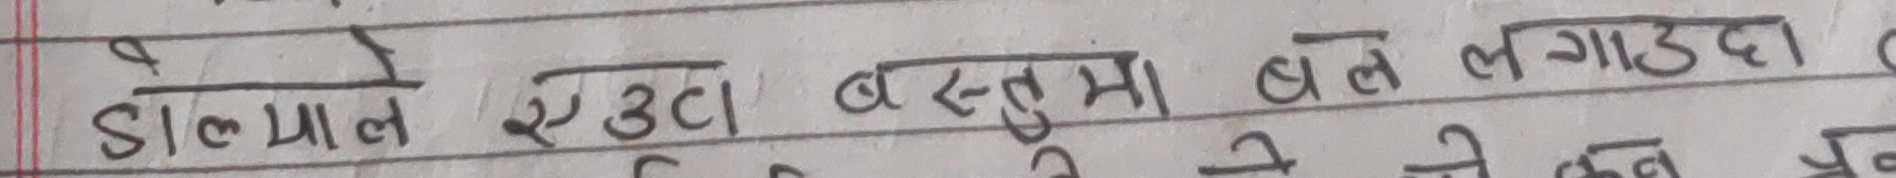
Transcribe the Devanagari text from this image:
डाल्याल एउटा बस्तुमा बल लगाउदा